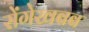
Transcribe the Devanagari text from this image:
सेंगेखबब